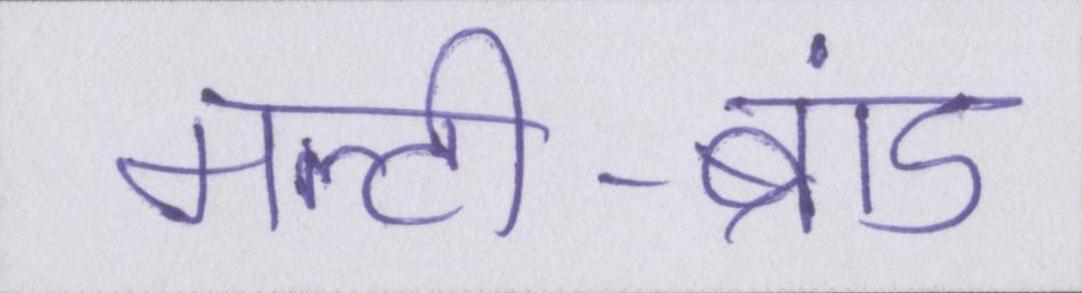
मल्टी-ब्रांड